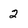
Character: 2